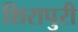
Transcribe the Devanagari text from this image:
शिरापुरी